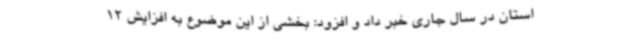
استان در سال جاری خبر داد و افزود: بخشی از این موضوع به افزایش 12